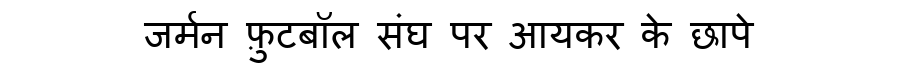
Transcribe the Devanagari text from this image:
जर्मन फ़ुटबॉल संघ पर आयकर के छापे